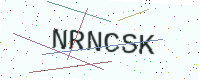
Text: NRNCSK